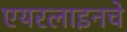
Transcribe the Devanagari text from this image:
एयरलाइनचे